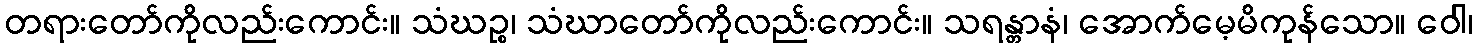
တရားတော်ကိုလည်းကောင်း။ သံဃဉ္စ၊ သံဃာတော်ကိုလည်းကောင်း။ သရန္တာနံ၊ အောက်မေ့မိကုန်သော။ ဝေါ၊